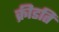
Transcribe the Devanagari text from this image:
क्रीडति